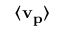
\langle \mathbf { v _ { p } } \rangle